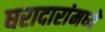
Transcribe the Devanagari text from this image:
घरादारांमध्ये